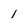
Character: 1